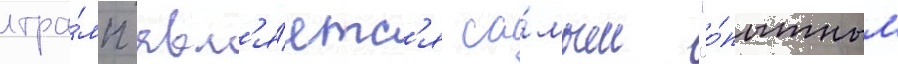
тра́мп явл'я́етс'я са́мым "о́пытным